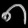
Digit: ၈